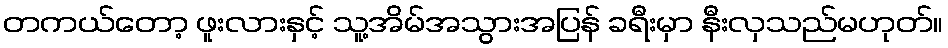
တကယ်တော့ ဖူးလားနှင့် သူ့အိမ်အသွားအပြန် ခရီးမှာ နီးလှသည်မဟုတ်။